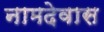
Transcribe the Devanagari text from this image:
नामदेवास